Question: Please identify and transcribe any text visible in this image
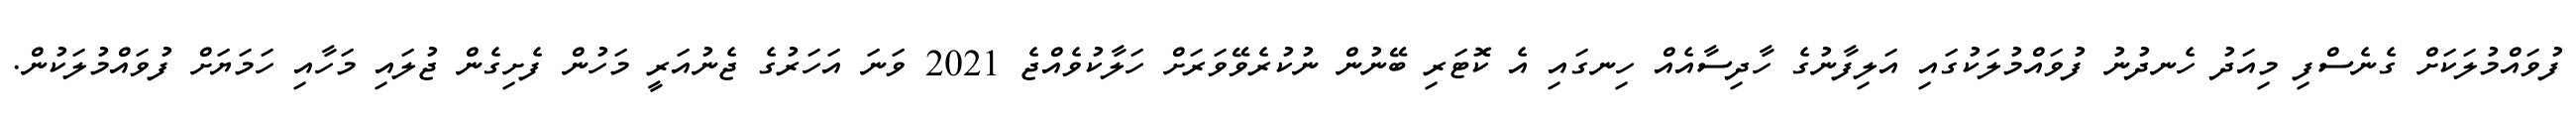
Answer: ފުވައްމުލަކަށް ގެނެސްފި މިއަދު ހެނދުނު ފުވައްމުލަކުގައި އަލިފާނުގެ ހާދިސާއެއް ހިނގައި އެ ކޮޓަރި ބޭނުން ނުކުރެވޭވަރަށް ހަލާކުވެއްޖެ 2021 ވަނަ އަހަރުގެ ޖެނުއަރީ މަހުން ފެށިގެން ޖުލައި މަހާއި ހަމަޔަށް ފުވައްމުލަކުން.